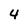
Character: 4